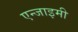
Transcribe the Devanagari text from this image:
एन्जाइमी